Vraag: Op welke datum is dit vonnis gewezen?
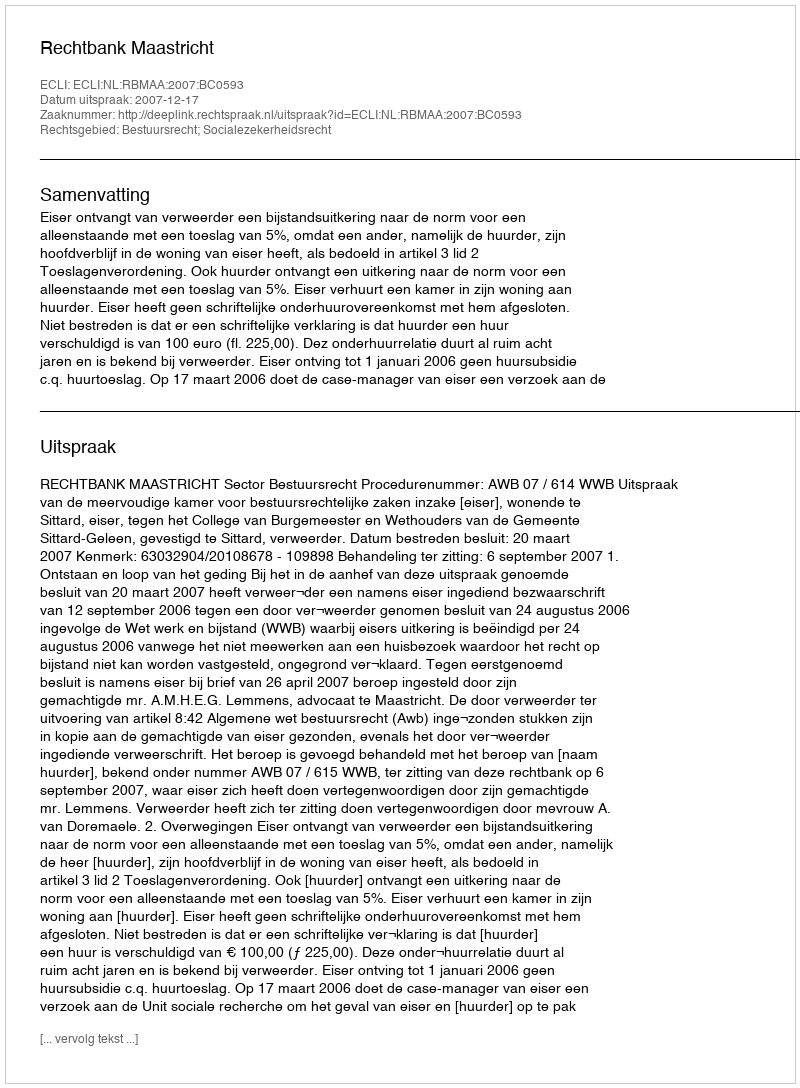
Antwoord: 2007-12-17